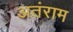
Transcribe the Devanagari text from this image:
अतंराम